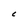
Character: C